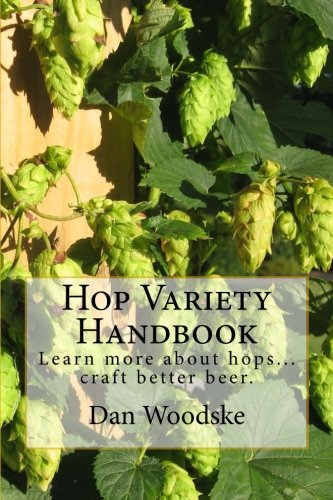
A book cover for Hop Variety Handbook: Learn More About Hops...Create Better Beer.; Dan Woodske; Cookbooks, Food & Wine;